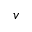
v